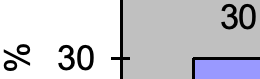
30 % 30